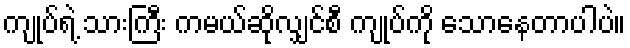
ကျုပ်ရဲ့ သားကြီး ကမယ်ဆိုလျှင်စီ ကျုပ်ကို သောနေတာပါပဲ။